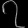
Digit: ၇